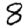
Digit: 8